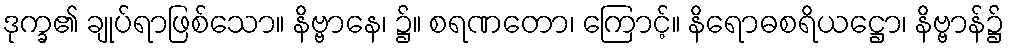
ဒုက္ခ၏ ချုပ်ရာဖြစ်သော။ နိဗ္ဗာနေ၊ ၌။ စရဏတော၊ ကြောင့်။ နိရောဓစရိယဋ္ဌော၊ နိဗ္ဗာန်၌